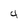
Character: 4